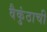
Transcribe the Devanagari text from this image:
वैकुंठाची